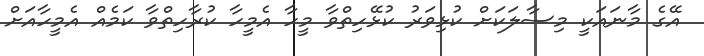
އޭގެ މާނައަކީ މިސާލަކަށް ކުޅިވަރު ކުޅޭހިތްވާ މީހާ އެމީހާ ކުރާހިތްވާ ކަމެއް އެމީހާއަށް